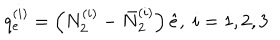
LaTeX: q _ { e } ^ { ( i ) } = \left( N _ { 2 } ^ { ( i ) } - \bar { N } _ { 2 } ^ { ( i ) } \right) \hat { e } , \; i = 1 , 2 , 3